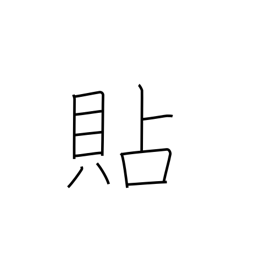
Meaning: apply